Newspaper: The Madison daily leader. [volume]
Place of publication: Madison, S.D.
Publisher: J.F. Stahl
Date: 1900-06-11 00:00:00
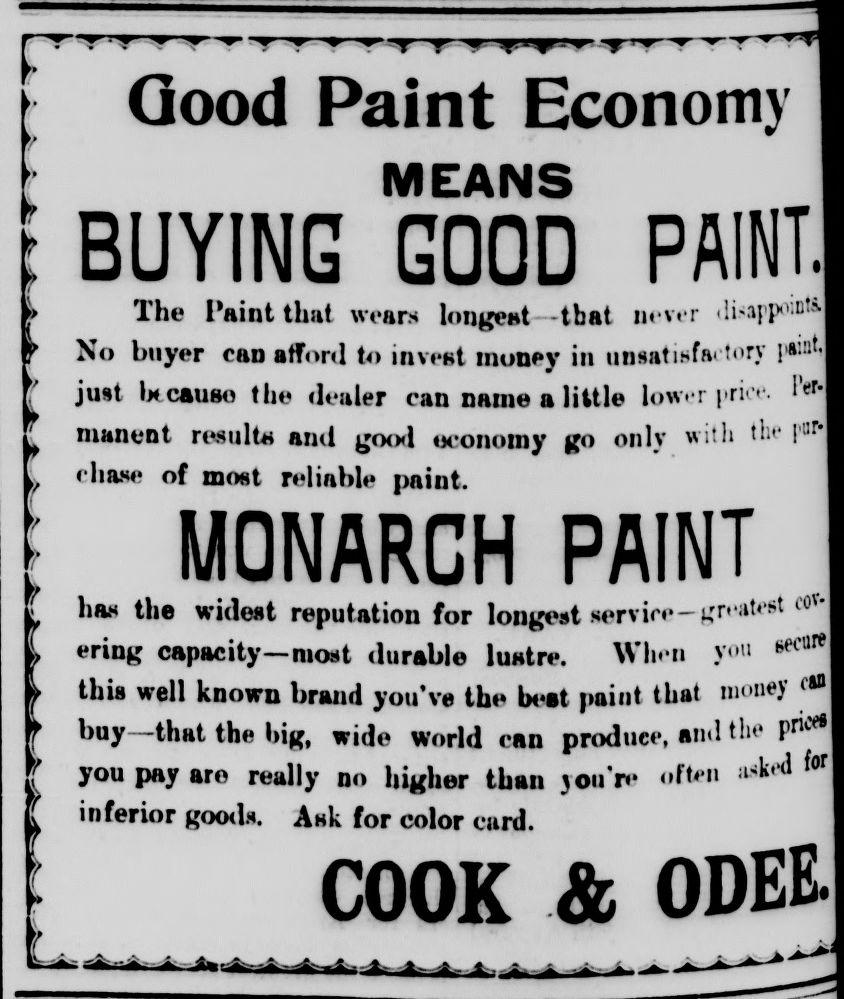
Advertisement text (OCR):
lr w Good Paint Economy MEANS BUYING GOOD PAINT] The Paint that wears longeat -that never Mo btiyw can afford to invent money in unsatisfac tory l#iDt ju»t cau»o 1h» dealer can natne a little lower |»rioe. I«r,l mant'Dt re*tilt* and ^oxl ucouuiny go only with the pu-* chaae of most reliable paint. MONARCH PAINT the widest reputation for longest service—greatest & ering capacity—most durable luHtre. When you ^arel this well known brand you've the beat paint that money bay that the bi^, wide World can produce, anil the pn#8 yon pay aro really no higher than jou'm often inferior gootl*. Ank for color ciird. COOK A ODEE a i 1
Label: text-only